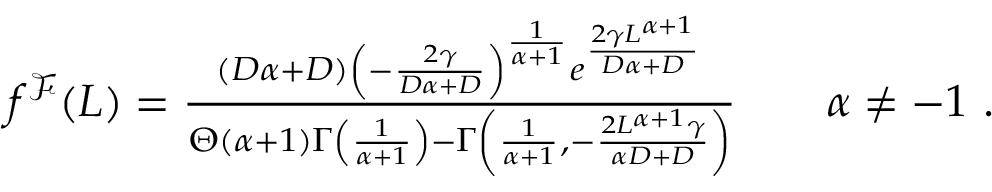
\begin{array} { r } { f ^ { \mathcal { F } } ( L ) = \frac { ( D \alpha + D ) \left( - \frac { 2 \gamma } { D \alpha + D } \right) ^ { \frac { 1 } { \alpha + 1 } } e ^ { \frac { 2 \gamma L ^ { \alpha + 1 } } { D \alpha + D } } } { \Theta ( \alpha + 1 ) \Gamma \left( \frac { 1 } { \alpha + 1 } \right) - \Gamma \left( \frac { 1 } { \alpha + 1 } , - \frac { 2 L ^ { \alpha + 1 } \gamma } { \alpha D + D } \right) } \qquad \alpha \neq - 1 \ . } \end{array}